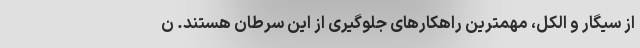
از سیگار و الکل، مهمترین راهکار‌های جلوگیری از این سرطان هستند. ن